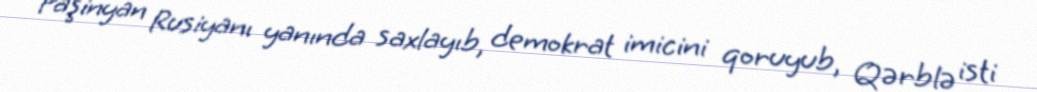
Paşinyan Rusiyanı yanında saxlayıb, demokrat imicini qoruyub, Qərblə isti